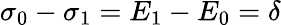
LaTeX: \sigma_{0}-\sigma_{1}=E_{1}-E_{0}=\delta